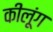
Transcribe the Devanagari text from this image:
कीलूंग